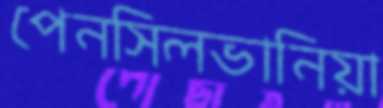
পেনসিলভানিয়া